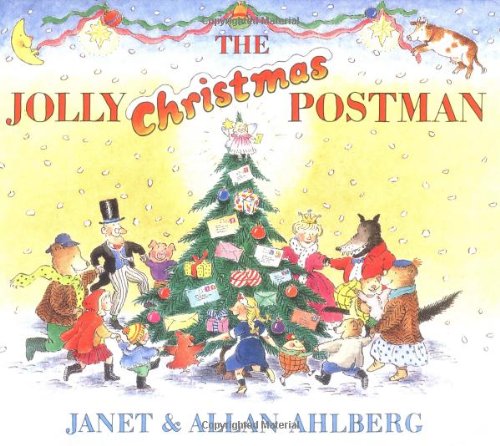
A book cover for The Jolly Christmas Postman; Allan Ahlberg; Children's Books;